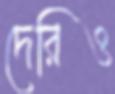
দেরিও